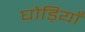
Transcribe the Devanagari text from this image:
घोड़ियाँ